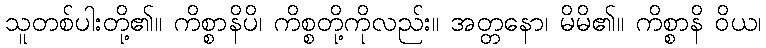
သူတစ်ပါးတို့၏။ ကိစ္စာနိပိ၊ ကိစ္စတို့ကိုလည်း။ အတ္တနော၊ မိမိ၏။ ကိစ္စာနိ ဝိယ၊